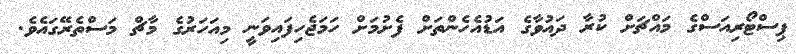
ޕިސްޓޯރިއަސްގެ މައްޗަށް ކުރާ ދައުވާގެ އަޑުއެހެންތަށް ފެށުމަށް ހަމަޖެހިފައިވަނީ މިއަހަރުގެ މާޗް މަސްތެރޭގައެވެ.